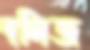
দলিজ